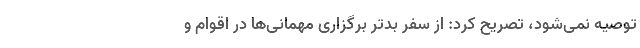
توصیه نمی‌شود، تصریح کرد: از سفر بدتر برگزاری مهمانی‌ها در اقوام و